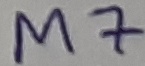
Text: M7